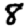
Digit: 8